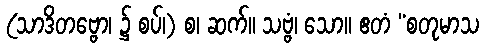
(သာဒိတဗ္ဗော၊ ၌ စပ်၊) စ၊ ဆက်။ သဗ္ဗံ၊ သော။ ဧတံ “စတုမာသ